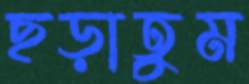
ছড়াতুম